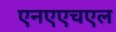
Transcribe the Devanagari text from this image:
एनएएचएल